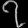
Digit: ၇